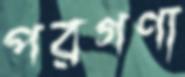
পরগণা